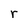
Character: r